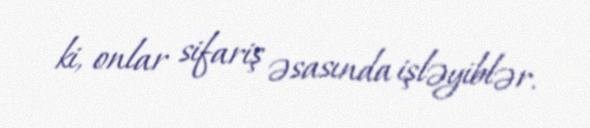
ki, onlar sifariş əsasında işləyiblər.